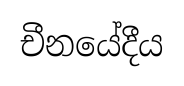
චීනයේදීය